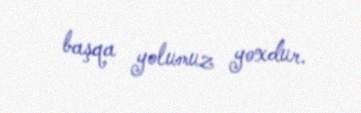
başqa yolumuz yoxdur.